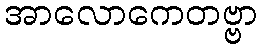
အာလောကေတဗ္ဗာ